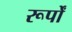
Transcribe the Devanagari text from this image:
रूर्पों